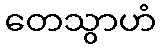
တေသွာဟံ